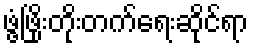
ဖွံ့ဖြိုးတိုးတက်ရေးဆိုင်ရာ